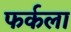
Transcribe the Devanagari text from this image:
फर्कला